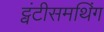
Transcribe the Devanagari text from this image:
ट्वंटीसमथिंग